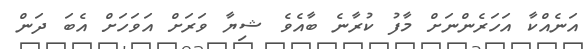
އަނެއްކާ އަހަރެންނަށް މާފު ކުރާނެ ބާއެވެ ޝިޔާ ވަރަށް އަވަހަށް އެބަ ދަން